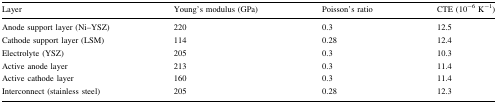
<table><thead><tr><td><b>Layer</b></td><td><b>Young’s modulus (GPa)</b></td><td><b>Poisson’s ratio</b></td><td><b>CTE (10<sup>−6</sup> K<sup>−1</sup>)</b></td></tr></thead><tbody><tr><td>Anode support layer (Ni–YSZ)</td><td>220</td><td>0.3</td><td>12.5</td></tr><tr><td>Cathode support layer (LSM)</td><td>114</td><td>0.28</td><td>12.4</td></tr><tr><td>Electrolyte (YSZ)</td><td>205</td><td>0.3</td><td>10.3</td></tr><tr><td>Active anode layer</td><td>213</td><td>0.3</td><td>11.4</td></tr><tr><td>Active cathode layer</td><td>160</td><td>0.3</td><td>11.4</td></tr><tr><td>Interconnect (stainless steel)</td><td>205</td><td>0.28</td><td>12.3</td></tr></tbody></table>